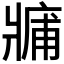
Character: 𤖑